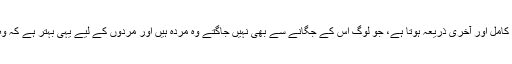
رسول اتمام حجت کا کامل اور آخری ذریعہ ہوتا ہے، جو لوگ اس کے جگانے سے بھی نہیں جاگتے وہ مردہ ہیں اور مردوں کے لیے یہی بہتر ہے کہ وہ دفن کر دیے جائیں۔